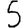
Digit: 5